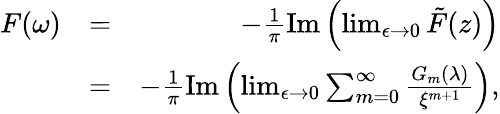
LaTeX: \begin{array}{rlr}{F(\omega)}&{=}&{-\frac{1}{\pi}\mathrm{Im}\left(\operatorname*{lim}_{\epsilon\to 0}\tilde{F}(z)\right)}\\ &{=}&{-\frac{1}{\pi}\mathrm{Im}\left(\operatorname*{lim}_{\epsilon\to 0}\sum_{m=0}^{\infty}\frac{G_{m}(\lambda)}{\xi^{m+1}}\right),}\end{array}